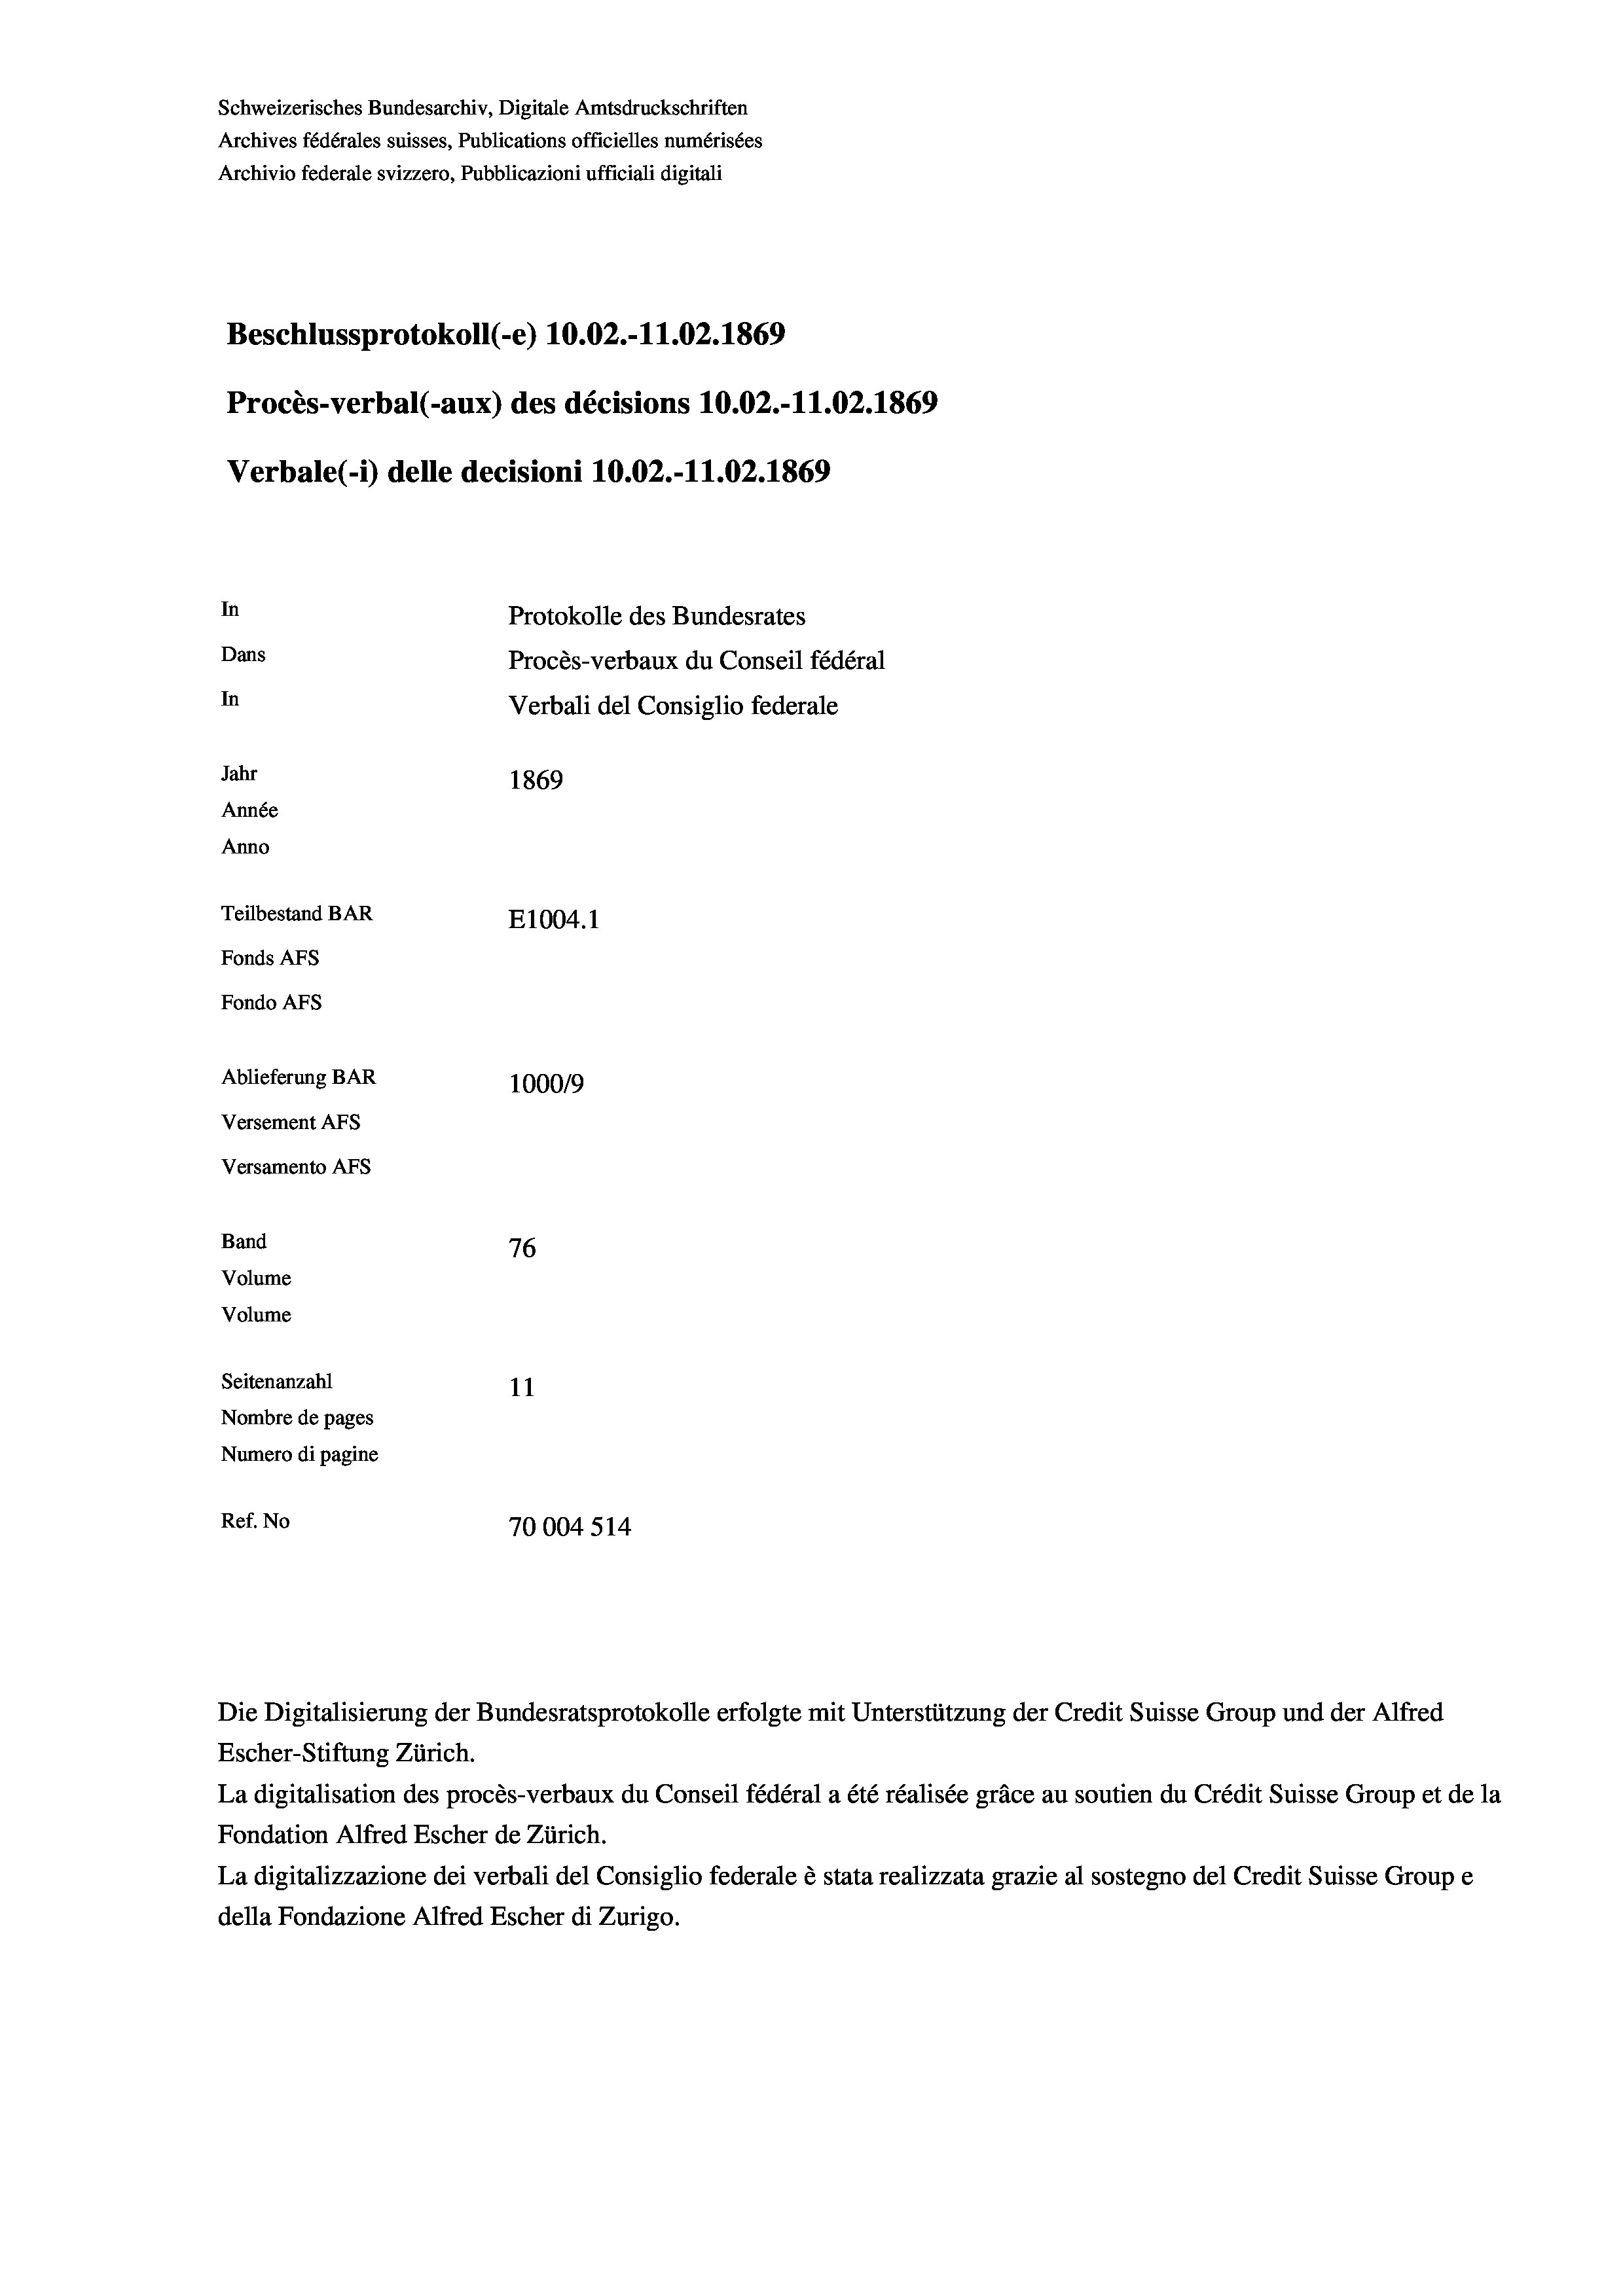
Schweizerisches Bundesarchiv, Digitale Amtsdruckschriften
Archives fédérales suisses, Publications officielles numérisées
Archivio federale svizzero, Pubblicazioni ufficiali digitali
Beschlussprotokoll (-e) 10.02.-11.02. 1869
Procès-verbal (-aux) des décisions 10.02.-11.02. 1869
Verbale(-*) delle decisioni 10.02.-11.02. 1869
In
Protokolle des Bundesrates
Dans
Procès-verbaux du Conseil fédéral
In
Verbali del Consiglio federale
Jahr
1869
Année
Anno
Teilbestand BAR
E1004. 1
Fonds AFs
Fondo AFS
Ablieferung BAR
100019
Versement As
Versamento AFS

76
Seitenanzahl
11
Nombre de pages
Numero di pagine
Ref. No
70004 514

Band
Volume

Volume

Escher-Stiftung Zürich.
La digitalisation des procès-verbaux du Conseil fédéral a été réalisée gräce au soutien du Crédit Suisse Group et de la
Fondation Alfred Escher de Zürich.
La digitalizzazione dei verbali del Consiglio federale è stata realizzata grazie al sostegno del Credit Suisse Groupe
della Fondazione Alfred Escher di Zurigo.

Die Digitalisierung der Bundesratsprotokolle erfolgte mit Unterstützung der Credit Suisse Group und der Alfred